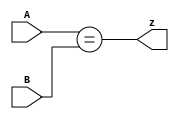
module top_module ( input [1:0] A, input [1:0] B, output z ); 
    //always @(*) begin
    //    if (A == B)
    //        z = 1;
    //    else 
    //        z = 0
    //end

    assign z = (A[1:0] == B[1:0]);

    // Another option is to use a 16-entry truth table ( {A,B} is 4 bits, with 16 combinations ).
    // There are 4 rows with a 1 result.  0000, 0101, 1010, and 1111.
    // assign z = (~A[1] & ~A[0] & ~B[1] & ~B[0])|
    //       (~A[1] & A[0] & ~B[1] & B[0])|
    //       (A[1] & ~A[0] & B[1] & ~B[0])|
    //       (A[1] & A[0] & B[1] & B[0]);
endmodule